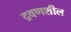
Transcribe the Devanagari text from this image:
द्रवणशील